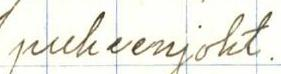
puheenjoht.